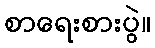
စာရေးစားပွဲ။